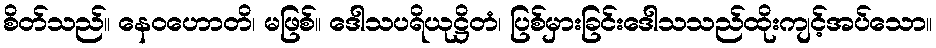
စိတ်သည်။ နေဝဟောတိ၊ မဖြစ်။ ဒေါသပရိယုဋ္ဌိတံ၊ ပြစ်မှားခြင်းဒေါသသည်ထိုးကျင့်အပ်သော။